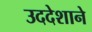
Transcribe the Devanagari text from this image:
उददेशाने